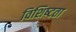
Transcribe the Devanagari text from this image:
विशिष्‍टता